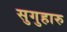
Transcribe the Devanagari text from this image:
सुगुहारु